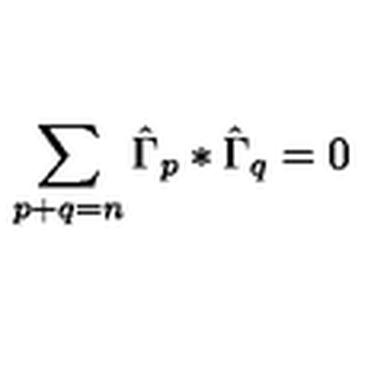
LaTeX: \sum _ { p + q = n } \hat { \Gamma } _ { p } * \hat { \Gamma } _ { q } = 0